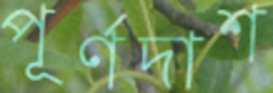
পূর্ণদাশ